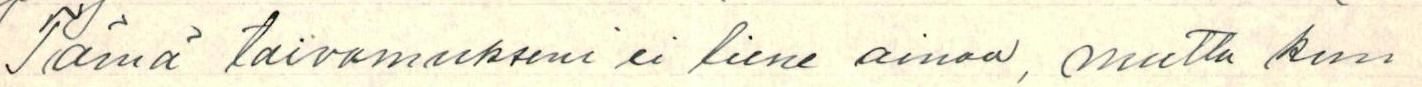
Tämä toivomukseni ei liene ainoa, mutta kun